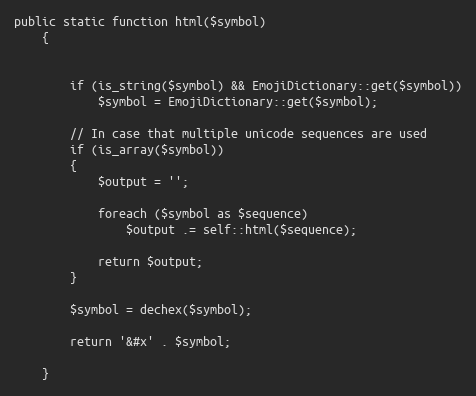
Language: PHP
public static function html($symbol)
    {

        if (is_string($symbol) && EmojiDictionary::get($symbol))
            $symbol = EmojiDictionary::get($symbol);

        // In case that multiple unicode sequences are used
        if (is_array($symbol))
        {
            $output = '';

            foreach ($symbol as $sequence)
                $output .= self::html($sequence);

            return $output;
        }

        $symbol = dechex($symbol);

        return '&#x' . $symbol;

    }